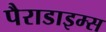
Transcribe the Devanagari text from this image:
पैराडाइम्स